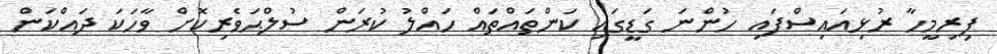
ފިރިމީހާ ރުޅިއައިސްފައި ހުންނަ ގަޑީގައި ކަންތައްތައް ހައްލު ކުރަން ސުލްޙަވެރިކޮށް ވާހަކަ ދައްކަން